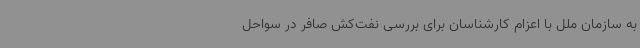
به سازمان ملل با اعزام کارشناسان برای بررسی نفت‌کش صافر در سواحل